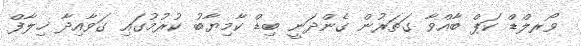
ވޯރލްޑް ކަޕް ބާއްވާ ގަތަރުން ގެންދަނީ ބިޑް ކާމިޔާބު ކުރުމުގައި ގަވާއިދާ ޚިލާފް